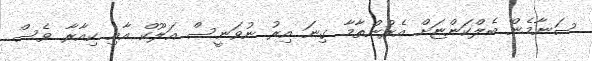
ސަނާމެން ބެލްކަންޏަށް އެރުންތާމާ ގިނަ އިރު ނުވަނީސް އަލޫކް އާއި ކިއާރާ ވެސް